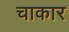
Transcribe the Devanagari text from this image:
चाकार